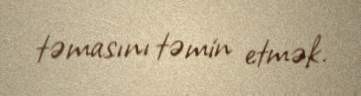
təmasını təmin etmək.